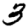
Digit: 3